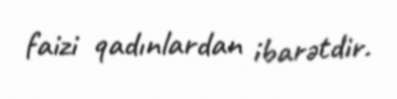
faizi qadınlardan ibarətdir.